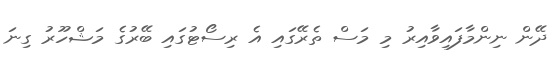
ދޭން ނިންމާފައިވާއިރު މި މަސް ތެރޭގައި އެ ރިސޯޓުގައި ބޭރުގެ މަޝްހޫރު ގިނަ